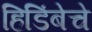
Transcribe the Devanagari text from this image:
हिडिंबेचे